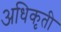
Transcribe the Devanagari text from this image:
अधिकृती